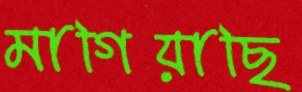
মাগিয়াছি